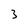
Character: 3